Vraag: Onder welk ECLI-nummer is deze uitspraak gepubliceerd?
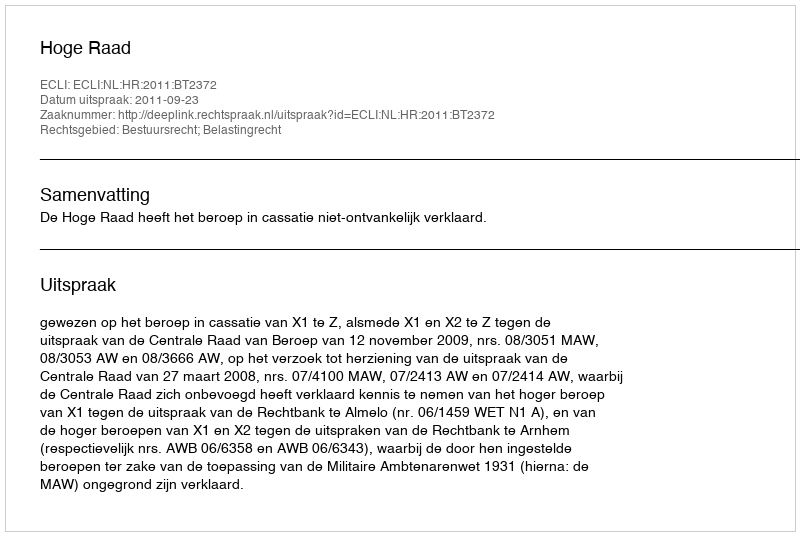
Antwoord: ECLI:NL:HR:2011:BT2372